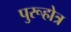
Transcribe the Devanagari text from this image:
पुरूहोत्र